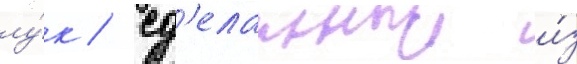
лу́к / сд'еланныи и́з